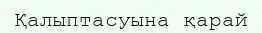
Қалыптасуына қарай